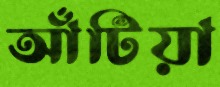
আঁটিয়া